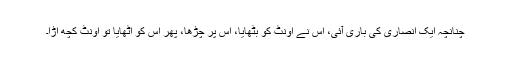
چنانچہ ایک انصاری کی باری آئی، اس نے اونٹ کو بٹھایا، اس پر چڑھا، پھر اس کو اٹھایا تو اونٹ کچھ اڑا۔